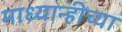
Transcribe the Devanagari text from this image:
माध्यान्हीच्या